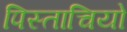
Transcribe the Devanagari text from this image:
पिस्ताचियो